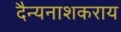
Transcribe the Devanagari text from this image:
दैन्यनाशकराय